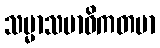
သမ္မာသမာဓိကတမာ